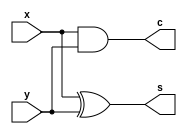
`timescale 1ns / 1ps
//////////////////////////////////////////////////////////////////////////////////
// Company: 
// Engineer: 
// 
// Design Name: 
// Module Name: Half_Adder
// Project Name: 
// Target Devices: 
// Tool Versions: 
// Description: 
// 
// Dependencies: 
// 
// Revision:
// Revision 0.01 - File Created
// Additional Comments:
// 
//////////////////////////////////////////////////////////////////////////////////


module Half_Adder(
    input x, y,
    output c, s
    );
    
    assign s = x ^ y;
    assign c = x & y;
    
endmodule